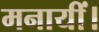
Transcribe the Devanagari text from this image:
मनायीं।